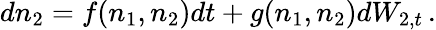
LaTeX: dn_{2}=f(n_{1},n_{2})dt+g(n_{1},n_{2})dW_{2,t}\, .